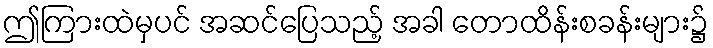
ဤကြားထဲမှပင် အဆင်ပြေသည့် အခါ တောထိန်းစခန်းများ၌